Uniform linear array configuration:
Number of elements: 16
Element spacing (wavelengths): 1
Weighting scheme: uniform
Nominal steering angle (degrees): -60
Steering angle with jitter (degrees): -60.137
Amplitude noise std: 0.05
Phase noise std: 0.05

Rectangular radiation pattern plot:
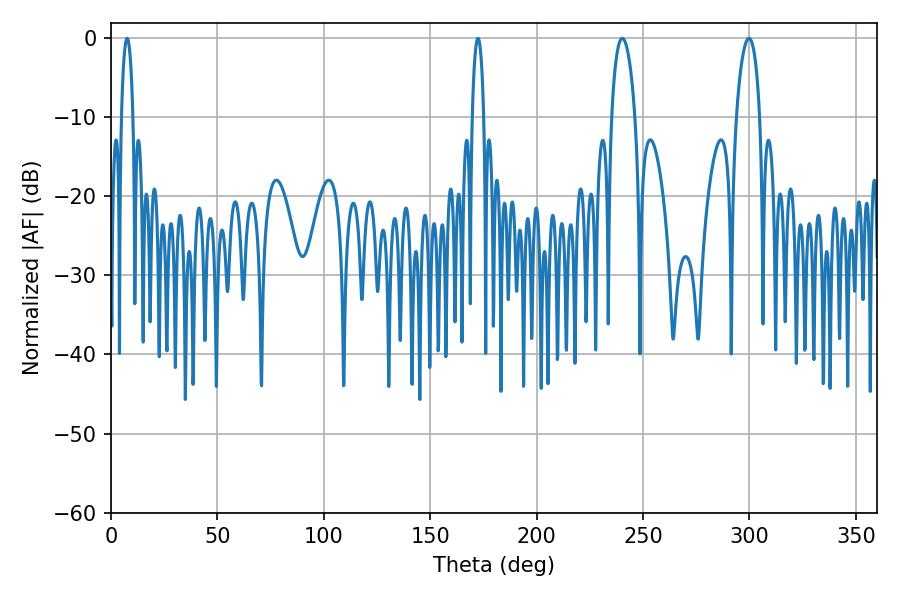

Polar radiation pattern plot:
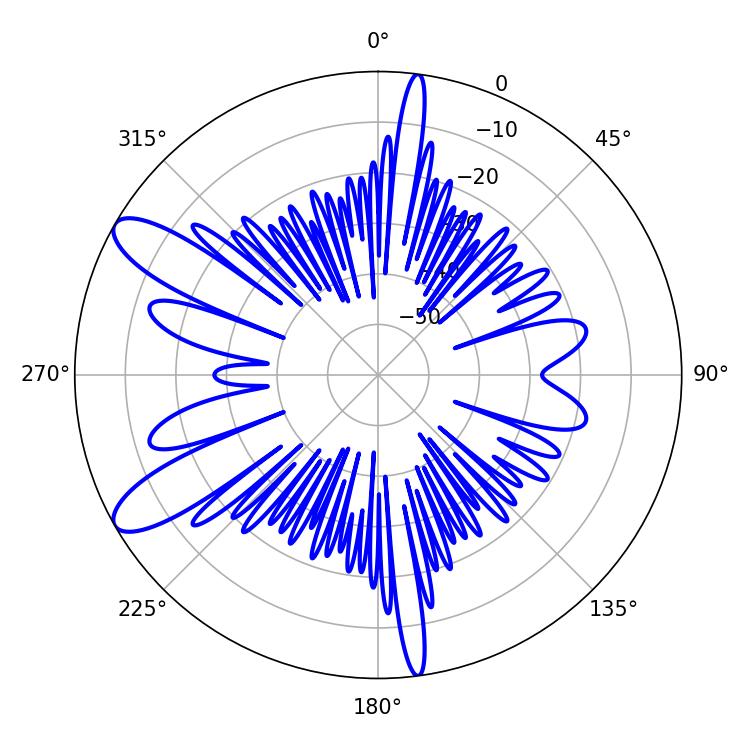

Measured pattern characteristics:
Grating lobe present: TRUE
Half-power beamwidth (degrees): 3.06
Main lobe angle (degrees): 7.56